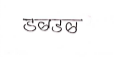
मजकूर: डबडब